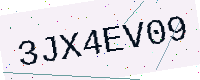
Text: 3JX4EV09